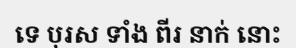
ទេ បុរស ទាំង ពីរ នាក់ នោះ